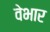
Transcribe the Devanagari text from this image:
वेभार